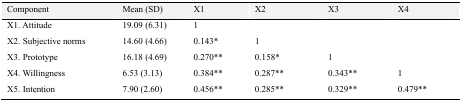
<table><thead><tr><td><b>Component</b></td><td><b>Mean (SD)</b></td><td><b>X1</b></td><td><b>X2</b></td><td><b>X3</b></td><td><b>X4</b></td></tr></thead><tbody><tr><td>X1. Attitude</td><td>19.09 (6.31)</td><td>1</td><td></td><td></td><td></td></tr><tr><td>X2. Subjective norms</td><td>14.60 (4.66)</td><td>0.143*</td><td>1</td><td></td><td></td></tr><tr><td>X3. Prototype</td><td>16.18 (4.69)</td><td>0.270**</td><td>0.158*</td><td>1</td><td></td></tr><tr><td>X4. Willingness</td><td>6.53 (3.13)</td><td>0.384**</td><td>0.287**</td><td>0.343**</td><td>1</td></tr><tr><td>X5. Intention</td><td>7.90 (2.60)</td><td>0.456**</td><td>0.285**</td><td>0.329**</td><td>0.479**</td></tr></tbody></table>